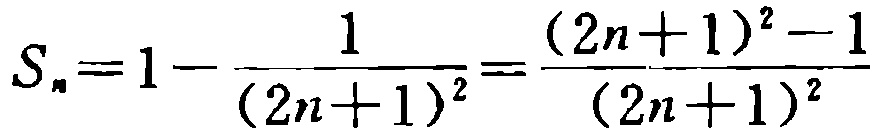
\[S_{n}=1 - \frac{1}{(2n + 1)^{2}}=\frac{(2n + 1)^{2}-1}{(2n + 1)^{2}}\]